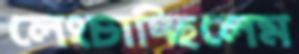
লেংচাচ্ছিলেম